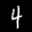
Label: 4